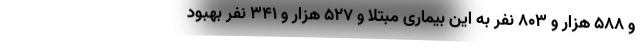
و ۵۸۸ هزار و ۸۰۳ نفر به این بیماری مبتلا و ۵۲۷ هزار و ۳۴۱ نفر بهبود